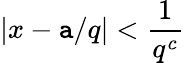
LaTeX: |x-\mathtt{a}/q|<{\frac{{1}}{{q^{c}}}}